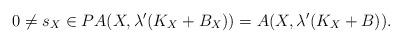
LaTeX: \begin{align*}0\neq s_{X} \in PA(X,\lambda'(K_X+B_X))=A(X,\lambda'(K_X+B)).\end{align*}